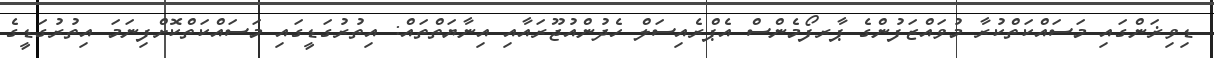
ޑިވިޜަންގައި މަސައްކަތްކުރާ މުވައްޒަފުންގެ ޕާރފޯމެންސް އެޕްރެއިސަލް ހެދުންއުޖޫރައާއި އިނާޔަތްތައް: އިތުރުގަޑީގައި މަސައްކަތްކޮށްފިނަމަ އިތުރުގަޑީގެ